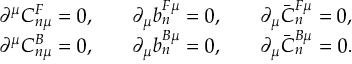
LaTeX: \begin{array} { c c c } { { \partial ^ { \mu } C _ { n \mu } ^ { F } = 0 , } } & { { \quad \partial _ { \mu } b _ { n } ^ { F \mu } = 0 , } } & { { \quad \partial _ { \mu } \bar { C } _ { n } ^ { F \mu } = 0 , } } \\ { { \partial ^ { \mu } C _ { n \mu } ^ { B } = 0 , } } & { { \quad \partial _ { \mu } b _ { n } ^ { B \mu } = 0 , } } & { { \quad \partial _ { \mu } \bar { C } _ { n } ^ { B \mu } = 0 . } } \end{array}